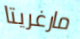
مارغريتا